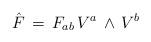
LaTeX: \begin{align*}{\hat F}\, = \, F_{ab} \, V^{a} \, \wedge \, V^{b}\end{align*}